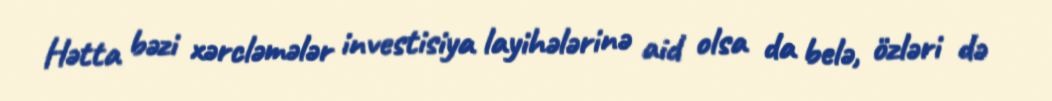
Hətta bəzi xərcləmələr investisiya layihələrinə aid olsa da belə, özləri də